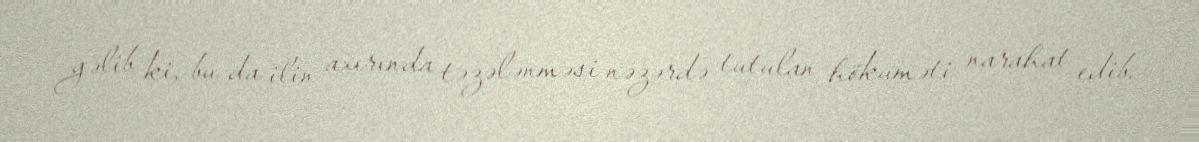
gəlib ki, bu da ilin axırında təzələnməsi nəzərdə tutulan hökuməti narahat edib.